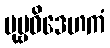
ပုဗ္ဗဝိဒေဟကံ